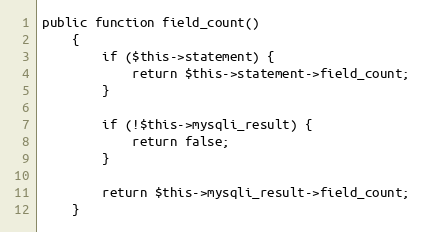
Language: PHP
public function field_count()
    {
        if ($this->statement) {
            return $this->statement->field_count;
        }

        if (!$this->mysqli_result) {
            return false;
        }

        return $this->mysqli_result->field_count;
    }